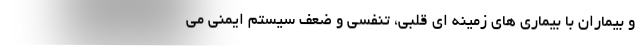
و بیماران با بیماری های زمینه ای قلبی، تنفسی و ضعف سیستم ایمنی می